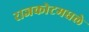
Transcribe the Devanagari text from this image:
राजकोटमधले